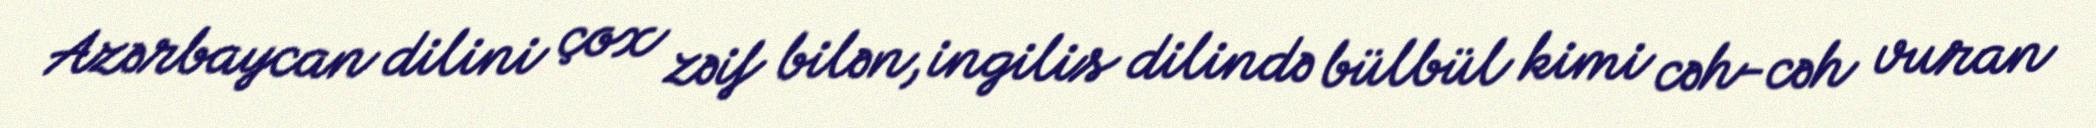
Azərbaycan dilini çox zəif bilən, ingilis dilində bülbül kimi cəh-cəh vuran